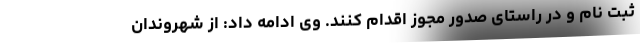
ثبت نام و در راستای صدور مجوز اقدام کنند. وی ادامه داد: از شهروندان